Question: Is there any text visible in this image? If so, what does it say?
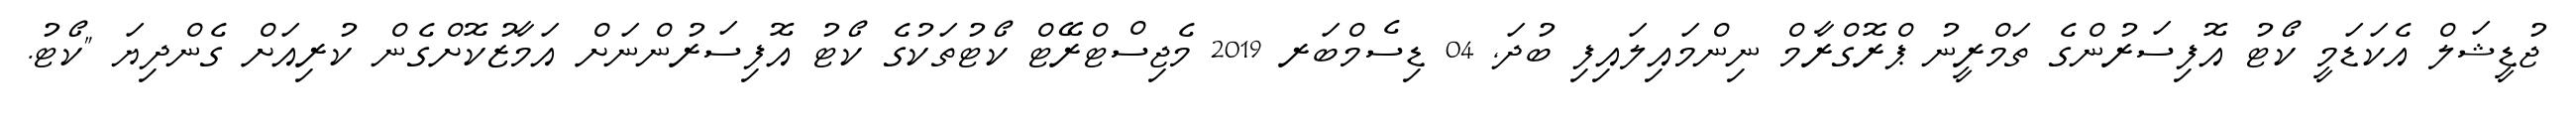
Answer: ޖުޑީޝަލް އެކަޑަމީ ކޯޓު އޮފިސަރުންގެ ތަމްރީނު ޕްރޮގްރާމް ނިންމައިލައިފި ބުދަ, 04 ޑިސެމްބަރ 2019 މެޖިސްޓްރޭޓް ކޯޓުތަކުގެ ކޯޓު އޮފިސަރުންނަށް އަމާޒުކޮށްގެން ކުރިއަށް ގެންދިޔަ "ކޯޓު.